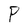
Character: P